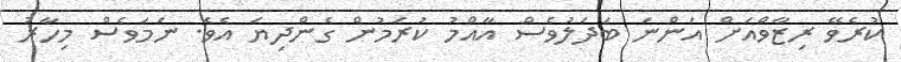
ކުރެވޭ ރިޒާވްއަށް އަންނަ ބަދަލުވެސް އާއްމު ކުރަމުން ގެންދިޔަ އެވެ. ނަމަވެސް މިހާރު